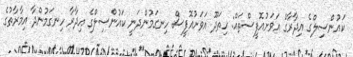
ކައުންސިލްގެ އިދާރާގެ އަވަށުއޮފީސްތައް: ހިތަދޫ އަވަށުއޮފީސް ހިނގަމުންދަނީ ކައުންސިލްގެ އިދާރާ ހިނގަމުންދާ އިމާރާތުގެ